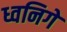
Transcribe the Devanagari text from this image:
ध्वनिगे